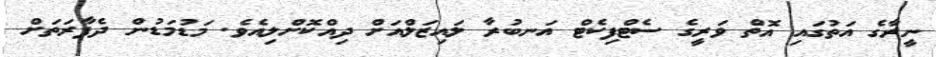
ނީރާގެ އަތުގައި އޮތް ވަރީގެ ސެޓްފިކެޓް އަނބުރާ ލައިޒަލްއަށް ދިއްކޮށްލިއެވެ. މަޑުމަޑުން ދެފާރަތަށް